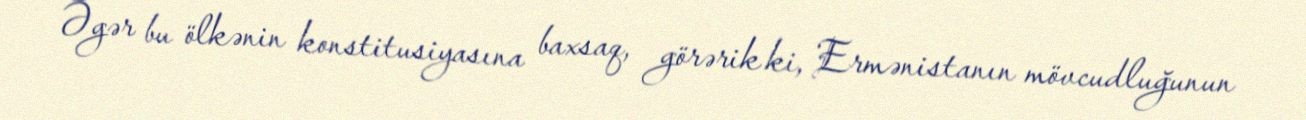
Əgər bu ölkənin konstitusiyasına baxsaq, görərik ki, Ermənistanın mövcudluğunun